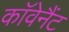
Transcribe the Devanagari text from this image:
काॅवेनैंट